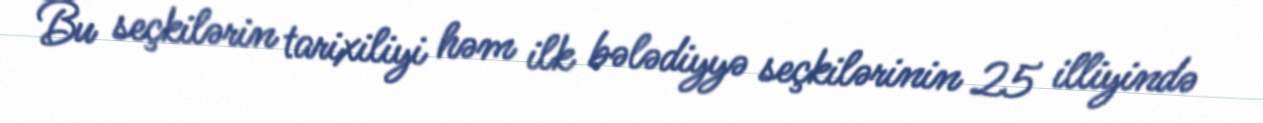
Bu seçkilərin tarixiliyi həm ilk bələdiyyə seçkilərinin 25 illiyində